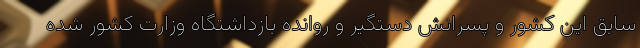
سابق این کشور و پسرانش دستگیر و روانده بازداشتگاه وزارت کشور شده